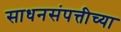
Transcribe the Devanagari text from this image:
साधनसंपत्तीच्या